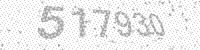
Solution: 517930